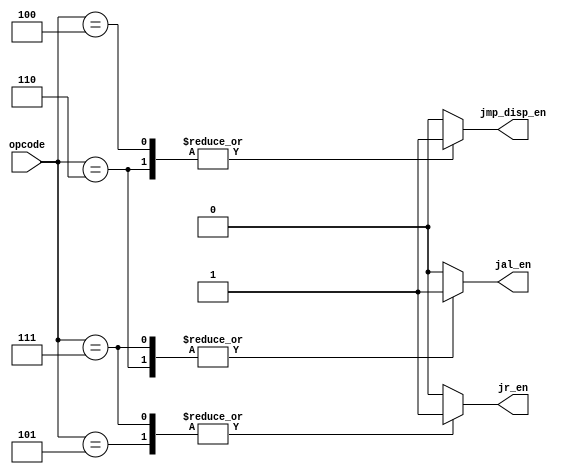
module jmp_ctrl(opcode, jmp_disp_en, jr_en, jal_en);

    input [4:0] opcode;
    output reg jmp_disp_en, jr_en, jal_en;

    always @(*) begin
	jmp_disp_en = 1'b0;
	jr_en = 1'b0;
	jal_en = 1'b0;
	case(opcode)
		5'b00100: begin //jdisp
		    jmp_disp_en = 1'b1;
		end
		5'b00110: begin //jaldisp
		    jmp_disp_en = 1'b1;
		    jal_en = 1'b1;
		end
		5'b00101: begin //jr
		    jr_en = 1'b1;
		end
		5'b00111: begin //jalr
		    jr_en = 1'b1;
		    jal_en = 1'b1;
		end
		default: begin
		end
	endcase
    end

endmodule